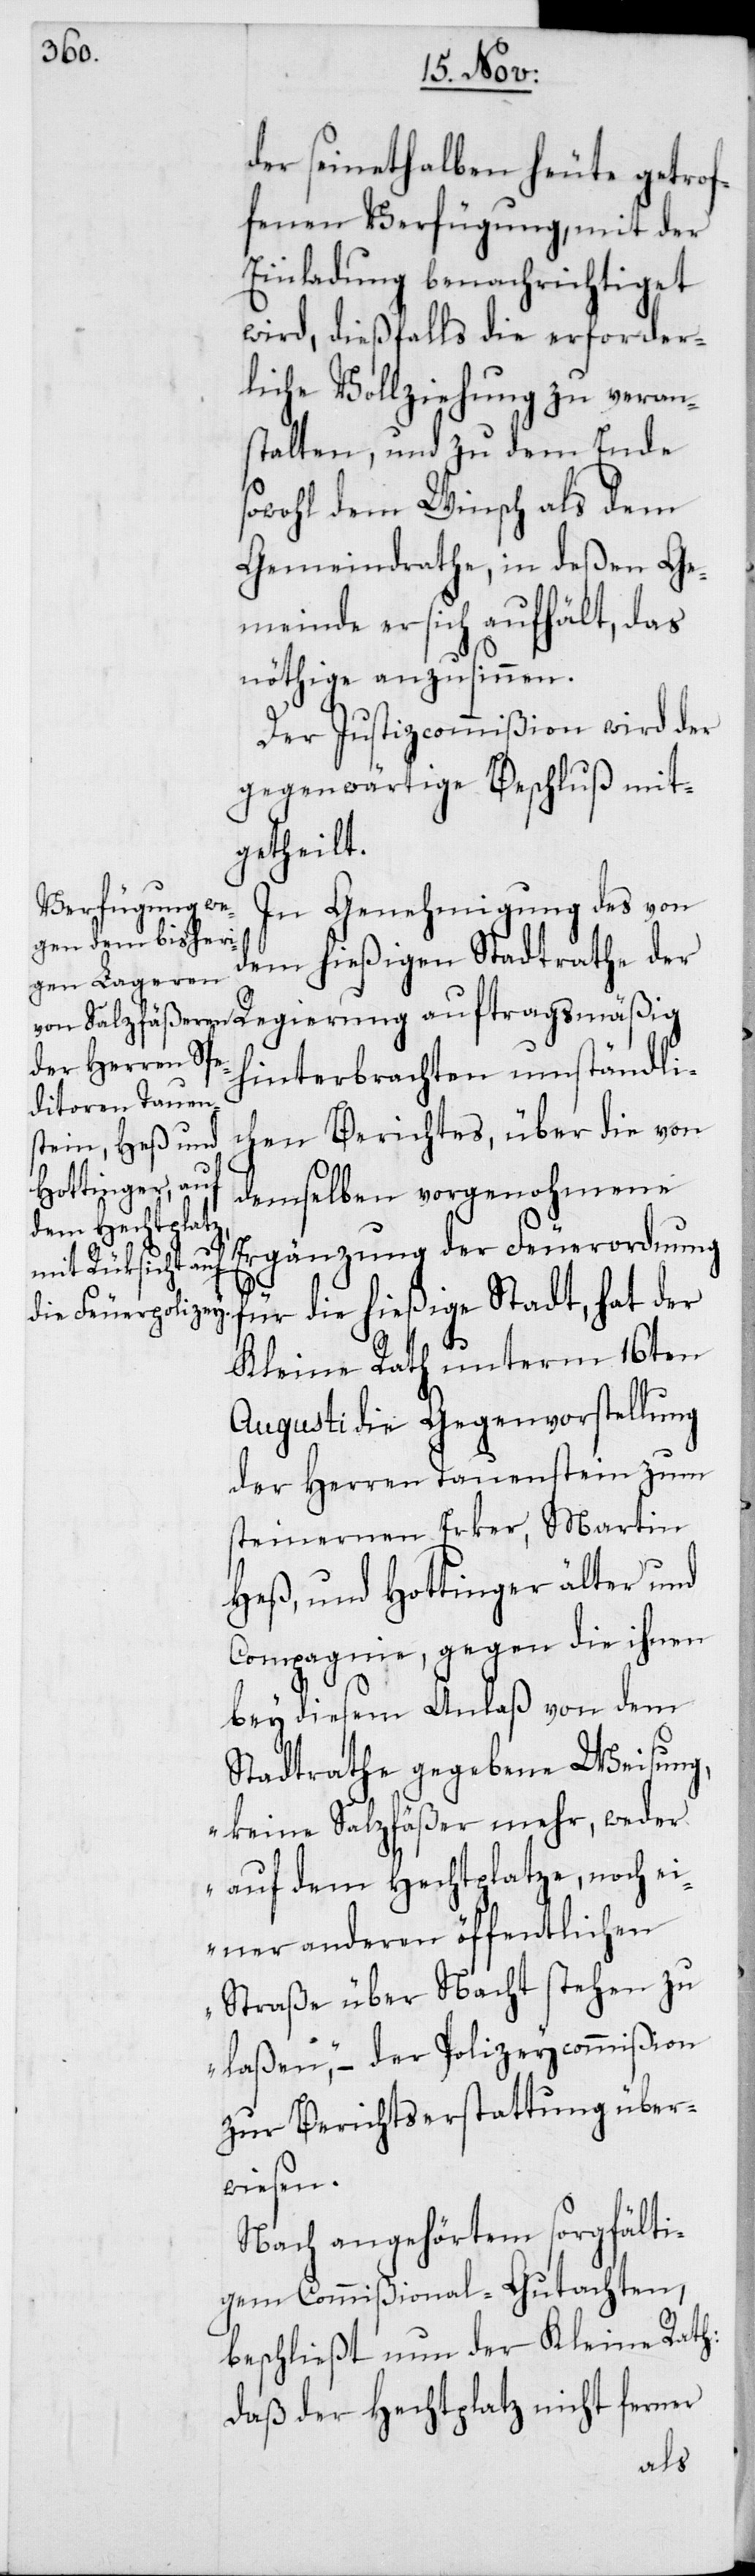
der seinethalben heute getrof¬
fenen Verfügung, mit der
Einladung benachrichtiget
wird, dießfalls die erforder¬
liche Vollziehung zu veran¬
stalten, und zu dem Ende
sowohl dem Winsch als dem
Gemeindrathe, in deßen Ge¬
meinde er sich aufhält, das
nöthige anzusinnen.
Der Justizcommißion wird der
gegenwärtige Beschluß mit¬
getheilt.
In Genehmigung des von
dem hießigen Stadtrathe der
Regierung auftragsmäßig
hinterbrachten umständli¬
chen Berichtes, über die von
demselben vorgenohmene
Ergänzung der Feuerordnung
für die hießige Stadt, hat der
Kleine Rath unterm 16ten
Augusti die Gegenvorstellung
der Herren Tauenstein zum
steinernen Erker, Martin
Heß, und Hottinger älter und
Compagnie, gegen die ihnen
bey diesem Anlaß von dem
Stadtrathe gegebene Weisung,
„keine Salzfäßer mehr, weder
auf dem Hechtplatze, noch ei¬
ner anderen öffentlichen
Straße über Nacht stehen zu
laßen“, – der Polizeycommißion
zur Berichtserstattung über¬
wiesen.
Nach angehörtem sorgfälti¬
gen Commißional-Gutachten,
beschließt nun der Kleine Rath:
Daß der Hechtplatz nicht ferner